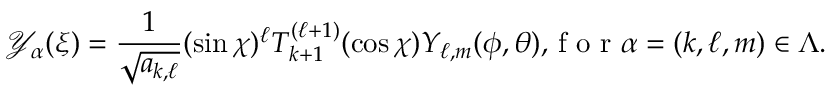
{ \mathscr Y } _ { \alpha } ( \xi ) = \displaystyle { \frac { 1 } { \sqrt { a _ { k , \ell } } } ( \sin \chi ) ^ { \ell } T _ { k + 1 } ^ { ( \ell + 1 ) } ( \cos \chi ) Y _ { \ell , m } ( \phi , \theta ) , } \mathrm { ~ f ~ o ~ r ~ } \alpha = ( k , \ell , m ) \in \Lambda .